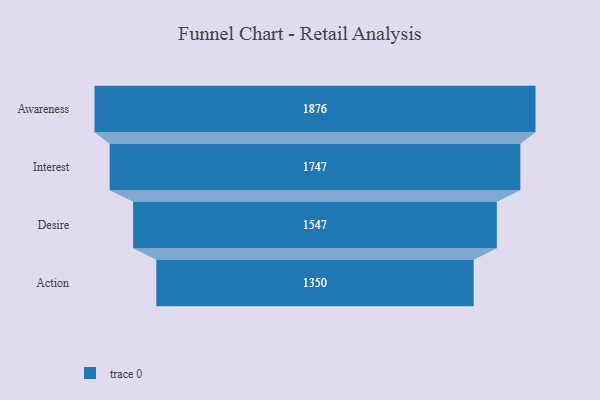
{"axis": {"x": "Stage", "y": "Value"}, "legend": [""], "data": [{"x": "Awareness", "y": 1876.0, "type": ""}, {"x": "Interest", "y": 1747.0, "type": ""}, {"x": "Desire", "y": 1547.0, "type": ""}, {"x": "Action", "y": 1350.0, "type": ""}]}